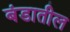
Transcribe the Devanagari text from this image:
बंडातील